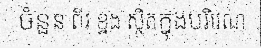
ចំនួន ពីរ ខ្នង ស្ថិតក្នុងបរិវេណ